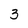
Character: 3